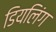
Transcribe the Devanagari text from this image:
डियलिंग